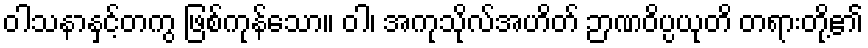
ဝါသနာနှင့်တကွ ဖြစ်ကုန်သော။ ဝါ၊ အကုသိုလ်အဟိတ် ဉာဏဝိပ္ပယုတိ တရားတို့၏